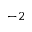
^ { - 2 }